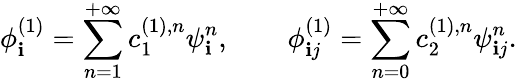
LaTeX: \phi_{\mathbf{i}}^{(1)}=\sum_{n=1}^{+\infty}c_{1}^{(1),n}\psi_{\mathbf{i}}^{n},\qquad\phi_{\mathbf{i}j}^{(1)}=\sum_{n=0}^{+\infty}c_{2}^{(1),n}\psi_{\mathbf{i}j}^{n}.